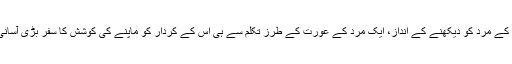
اس افسانے میں عورت کے مرد کو دیکھنے کے انداز، ایک مرد کے عورت کے طرز تکلم سے ہی اس کے کردار کو ماپنے کی کوشش کا سفر بڑی آسانی سے طے کیا گیا ہے۔